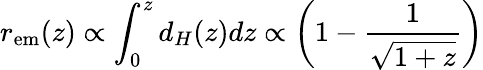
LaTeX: r_{\mathrm{em}}(z)\propto\int_{0}^{z}d_{H}(z)dz\propto\left(1-\frac{1}{\sqrt{1+z}}\right)